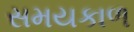
સમયકાળ